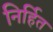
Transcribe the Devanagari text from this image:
निर्हित